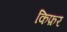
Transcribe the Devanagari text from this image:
किफ़र